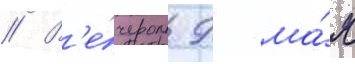
// В'е́чером 9 ма́я